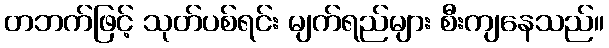
တဘက်ဖြင့် သုတ်ပစ်ရင်း မျက်ရည်များ စီးကျနေသည်။